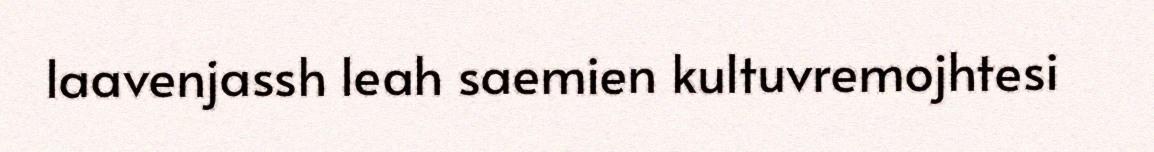
laavenjassh leah saemien kultuvremojhtesi